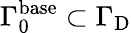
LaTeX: {\Gamma}_{0}^{\mathrm{base}}\subset{\Gamma}_{\mathrm{D}}